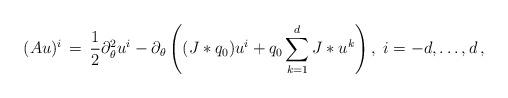
LaTeX: \begin{align*}(Au)^{ i}\, =\, \frac{ 1}{ 2} \partial_{ \theta}^{ 2} u^{ i} - \partial_{ \theta} \left((J\ast q_{ 0})u^{ i} + q_{ 0} \sum_{ k=1}^{ d} J\ast u^{ k}\right),\ i=-d, \ldots, d\, ,\end{align*}